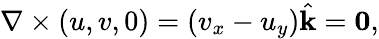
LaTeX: \nabla\times(u,v,0)=(v_{x}-u_{y}){\hat{\mathbf{k}}}=\mathbf{0},